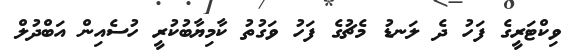
ވިކްޓަރީގެ ފަހު ދެ ލަނޑު މެޗުގެ ފަހު ވަގުތު ކާމިޔާބުކުރީ ހުސެއިން އަބްދުލް